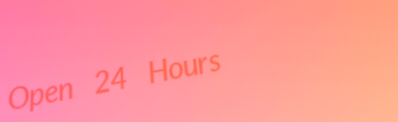
Open 24 Hours